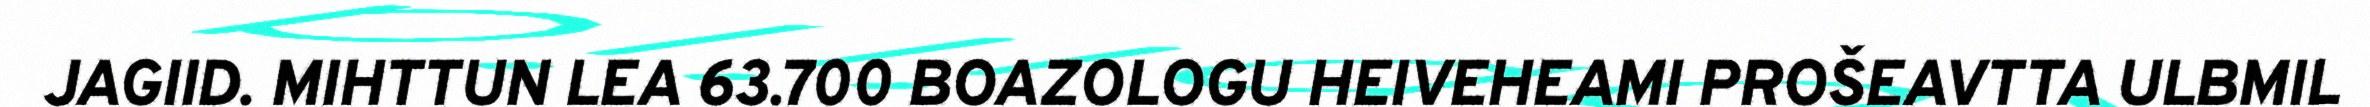
JAGIID. MIHTTUN LEA 63.700 BOAZOLOGU HEIVEHEAMI PROŠEAVTTA ULBMIL